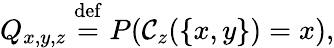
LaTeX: Q_{x,y,z}\stackrel{\mathrm{def}}{=}P(\mathcal{C}_{z}(\{ x,y\} )=x),